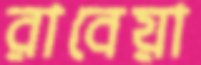
রাবেয়া